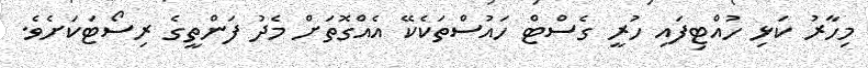
މިހާރު ކަޅި ހުއްޓިފައި ހުރީ ގެސްޓް ހައުސްތަކެކޭ އެއްގޮތަށް މެދު ފަންތީގެ ރިސޯޓަކަށެވެ.